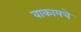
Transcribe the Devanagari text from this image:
वाकायचे